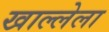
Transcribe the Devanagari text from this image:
खाल्लेला